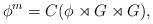
LaTeX: \begin{align*}\phi^m=C(\phi\rtimes G\rtimes G),\end{align*}